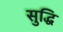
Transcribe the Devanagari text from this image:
सुद्धि